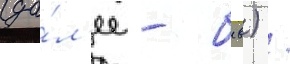
(да́л'ее - бсв) /